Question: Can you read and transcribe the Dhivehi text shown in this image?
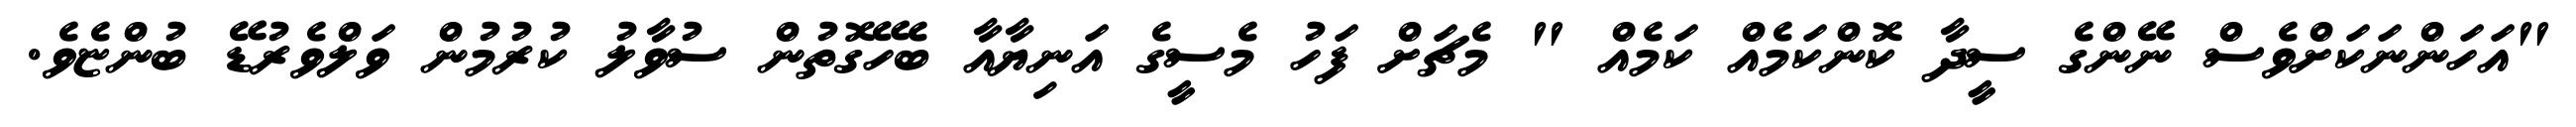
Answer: "އަހަންނަކަށްވެސް ނޭންގެ ސީދާ ކޮންކަމެއް ކަމެއް " މެޗަށް ފަހު މެސީގެ އަނިޔާއާ ބެހޭގޮތުން ސުވާލު ކުރުމުން ވަލްވެރުޑޭ ބުންޏެވެ.